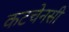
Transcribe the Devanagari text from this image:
कटचेनसी